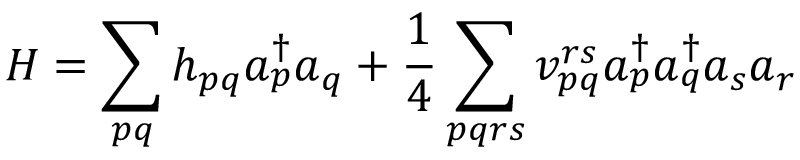
H = \sum _ { p q } h _ { p q } a _ { p } ^ { \dag } a _ { q } + \frac { 1 } { 4 } \sum _ { p q r s } v _ { p q } ^ { r s } a _ { p } ^ { \dag } a _ { q } ^ { \dag } a _ { s } a _ { r }